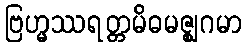
ဗြဟ္မဿရတ္တမိဓမဇ္ဈဂမာ